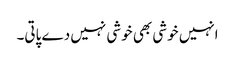
انہیں خوشی بھی خوشی نہیں دے پاتی۔